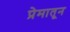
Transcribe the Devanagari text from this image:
प्रेमातून